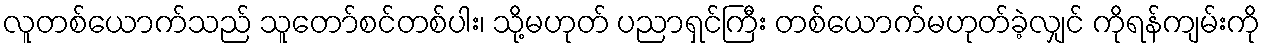
လူတစ်ယောက်သည် သူတော်စင်တစ်ပါး၊ သို့မဟုတ် ပညာရှင်ကြီး တစ်ယောက်မဟုတ်ခဲ့လျှင် ကိုရန်ကျမ်းကို